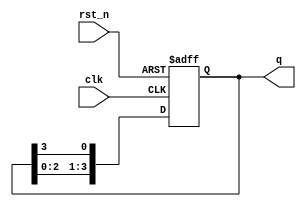
module synchronous_ring_counter #(
    parameter N = 4  // Number of flip-flops
)(
    input wire clk,    // Clock input
    input wire rst_n,  // Active-low reset input
    output reg [N-1:0] q  // Output state of the ring counter
);

// Always block triggered on the rising edge of the clock or when reset is active
always @(posedge clk or negedge rst_n) begin
    if (!rst_n) begin
        // Reset the counter: set the first flip-flop to '1' and others to '0'
        q <= 1'b1;  // Initialize the first flip-flop
    end else begin
        // Shift the '1' through the flip-flops
        q <= {q[N-2:0], q[N-1]};  // Shift left and feed back the last flip-flop
    end
end

endmodule